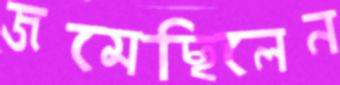
জমেছিলেন